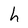
Character: h